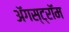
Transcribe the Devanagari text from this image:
ॲगस्ट्रॉम